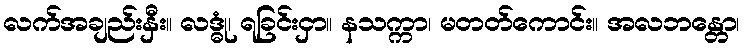
လက်အချည်းနှီး။ လဒ္ဓုံ၊ ရခြင်းငှာ။ နသက္ကာ၊ မတတ်ကောင်း။ အလဘန္တော၊